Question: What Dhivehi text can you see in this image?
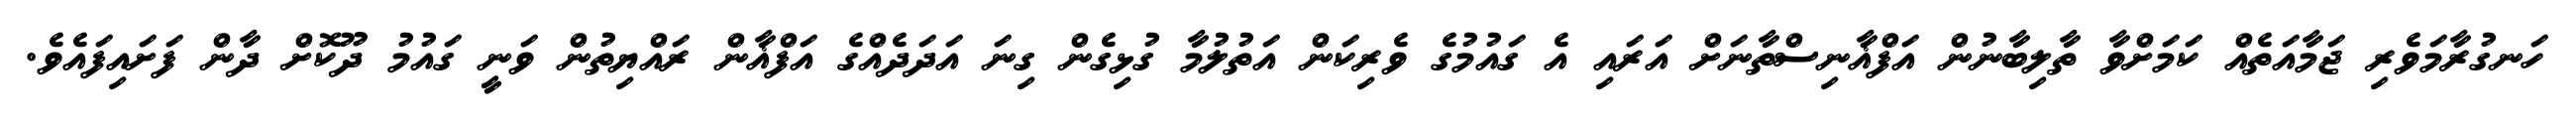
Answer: ހަނގުރާމަވެރި ޖަމާއަތެއް ކަމަށްވާ ތާލިބާނުން އަފްޣާނިސްތާނަށް އަރައި އެ ގައުމުގެ ވެރިކަން އަތުލުމާ ގުޅިގެން ގިނަ އަދަދެއްގެ އަފްޣާން ރައްޔިތުން ވަނީ ގައުމު ދޫކޮށް ދާން ފަށައިފައެވެ.